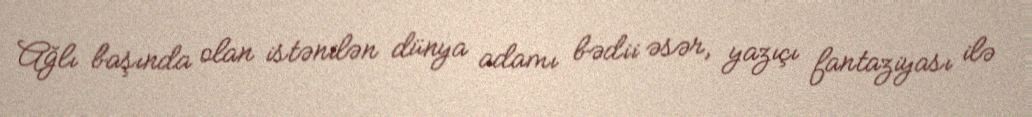
Ağlı başında olan istənilən dünya adamı bədii əsər, yazıçı fantaziyası ilə